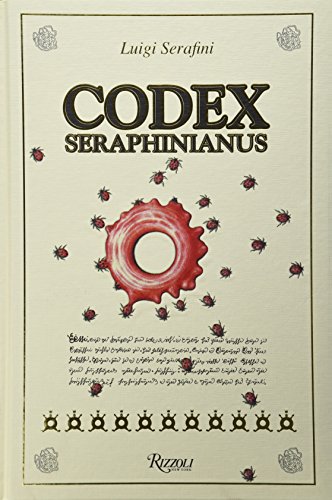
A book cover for Codex Seraphinianus; Luigi Serafini; Arts & Photography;